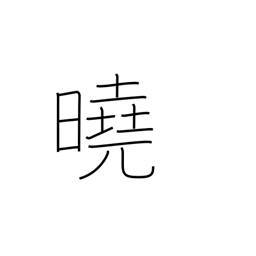
Meaning: explicit